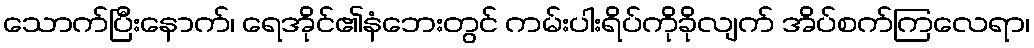
သောက်ပြီးနောက်၊ ရေအိုင်၏နံဘေးတွင် ကမ်းပါးရိပ်ကိုခိုလျက် အိပ်စက်ကြလေရာ၊